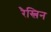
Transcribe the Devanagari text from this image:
रैस्लिन